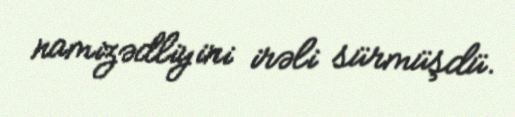
namizədliyini irəli sürmüşdü.